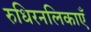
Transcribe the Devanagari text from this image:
रुधिरनलिकाएँ